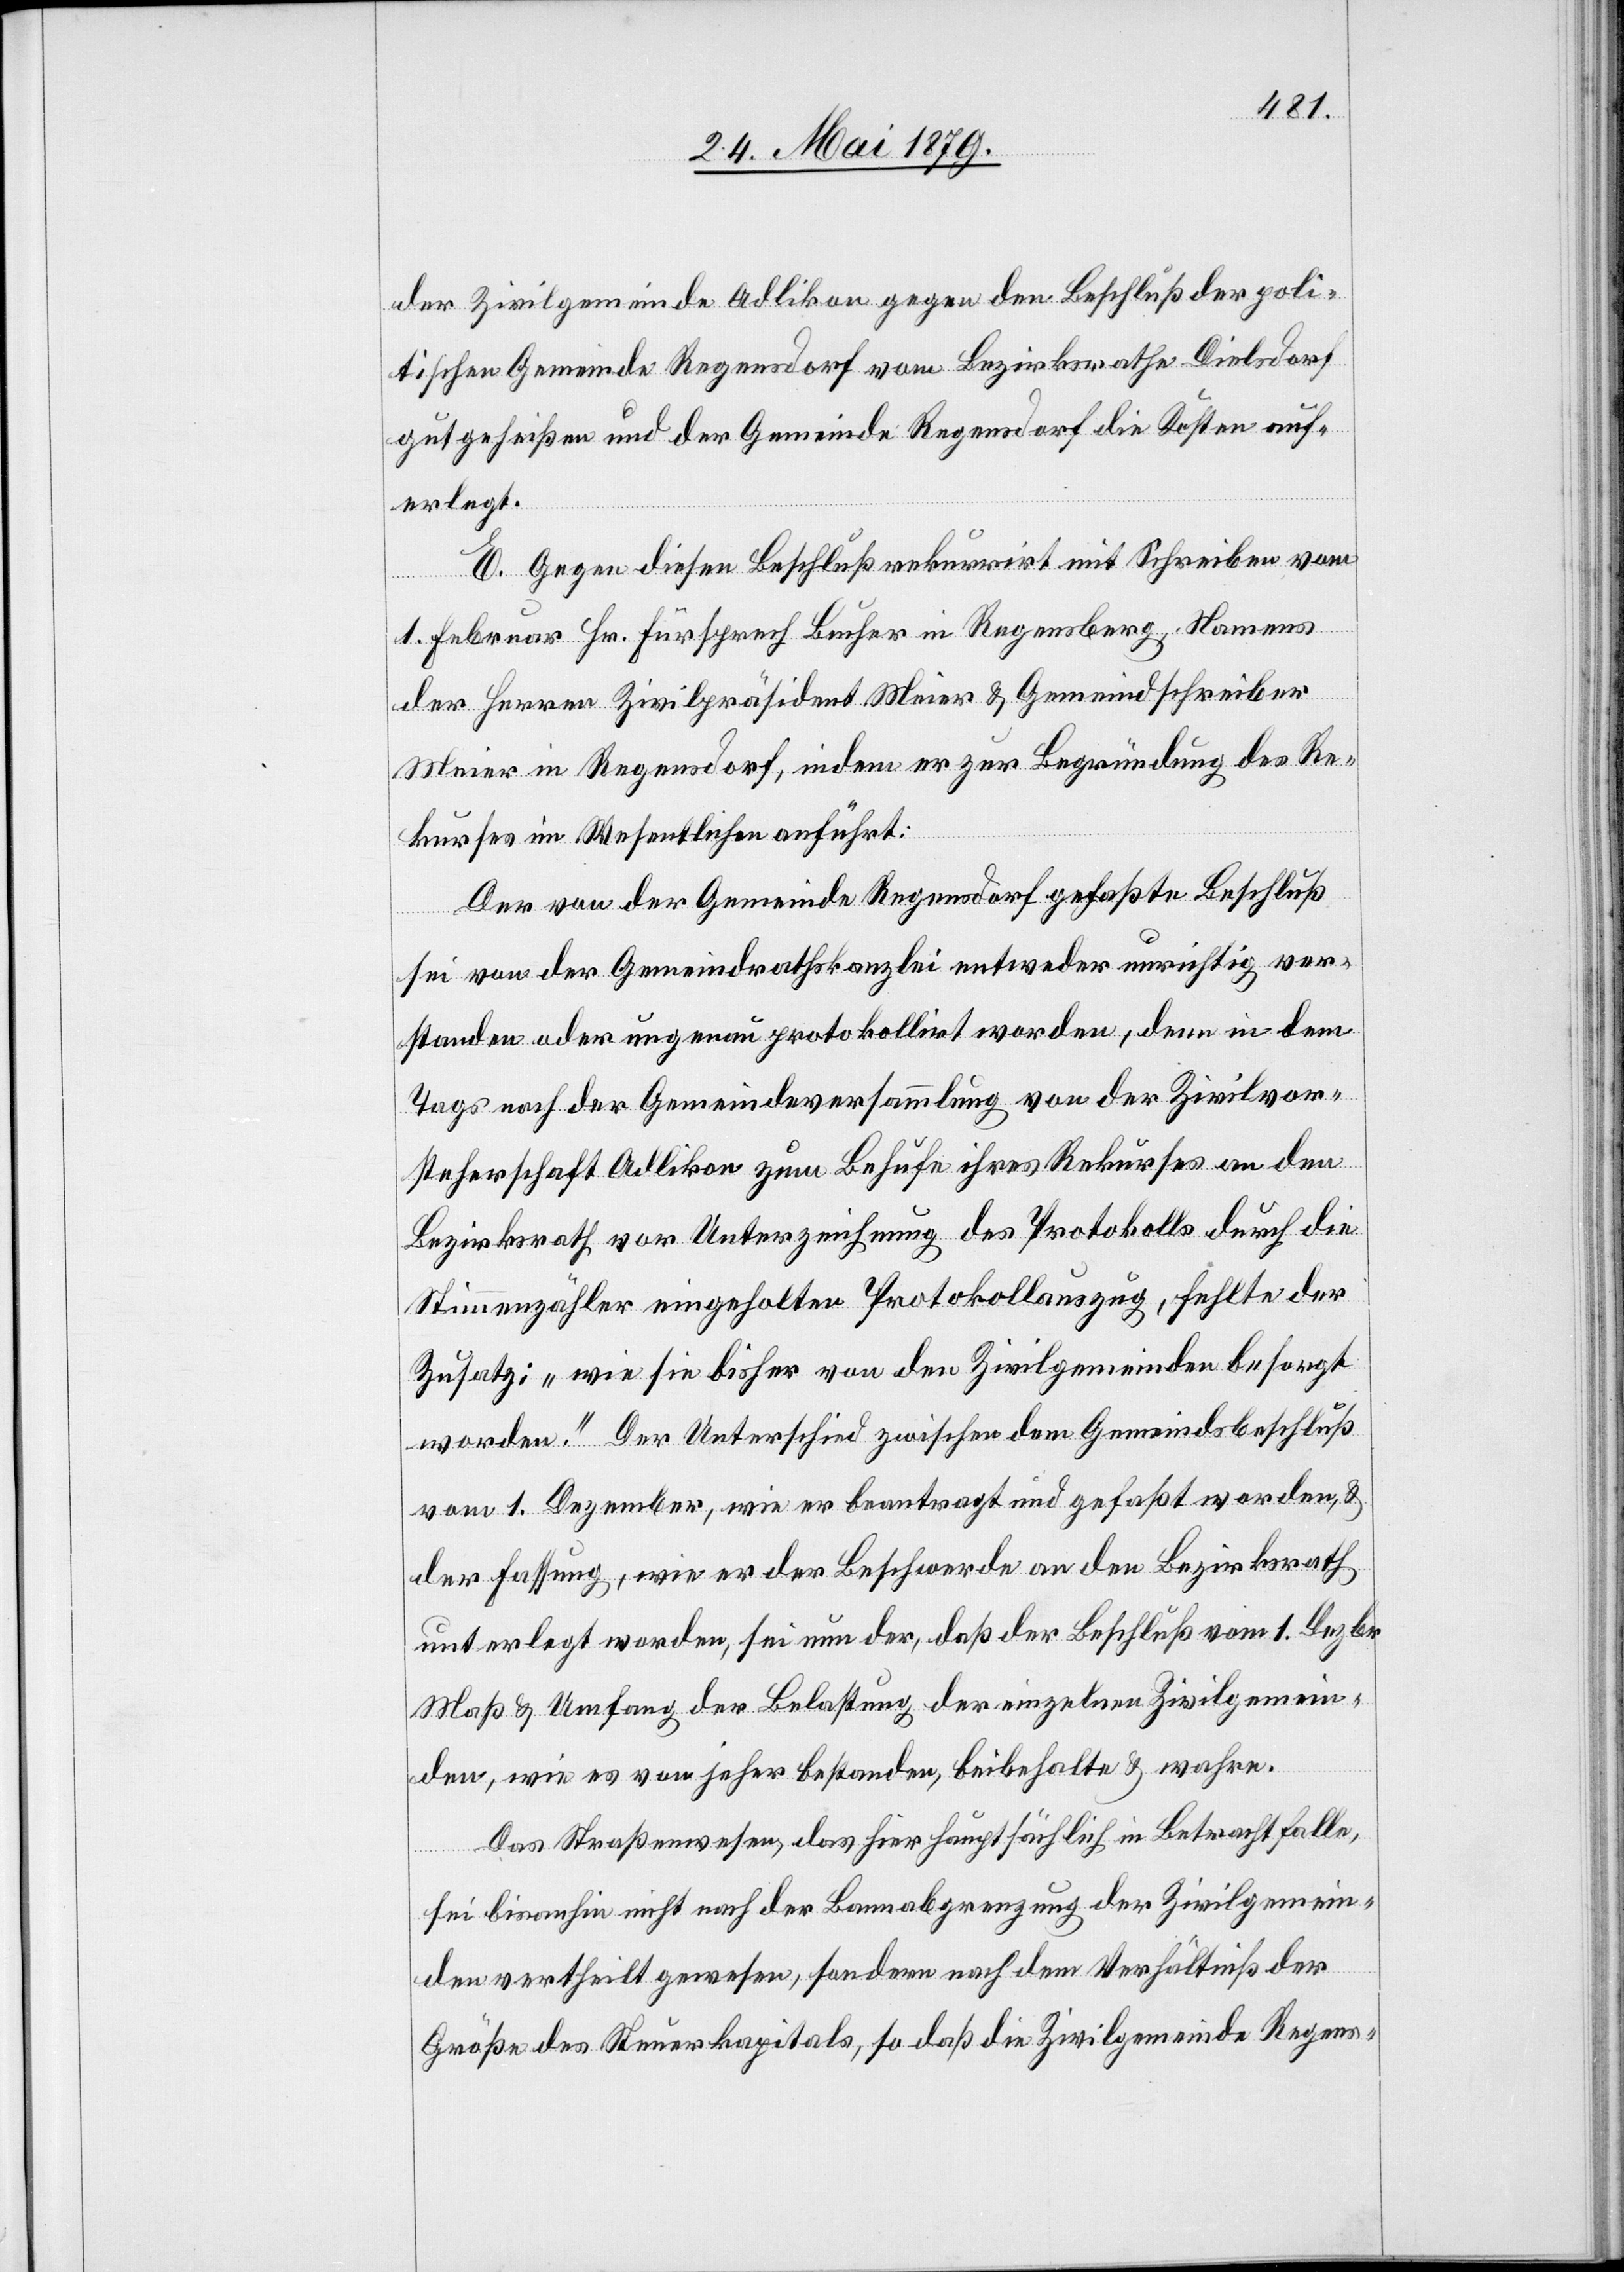
der Zivilgemeinde Adlikon gegen den Beschluß der poli¬
tischen Gemeinde Regensdorf vom Bezirksrathe Dielsdorf
gutgeheißen und der Gemeinde Regensdorf die Kosten auf¬
erlegt.
E. Gegen diesen Beschluß rekurrirt mit Schreiben vom
1. Februar Hr. Fürsprech Bucher in Regensberg, Namens
der Herren Zivilpräsident Meier & Gemeindschreiber
Meier in Regensdorf, indem er zur Begründung des Re¬
kurses im Wesentlichen anführt:
Der von der Gemeinde Regensdorf gefaßte Beschluß
sei von der Gemeindrathskanzlei entweder unrichtig ver¬
standen oder ungenau protokollirt worden, denn in dem
Tags nach der Gemeindeversammlung von der Zivilvor¬
steherschaft Adlikon zum Behufe ihres Rekurses an den
Bezirksrath vor Unterzeichnung des Protokolls durch die
Stimmenzähler eingeholten Protokollauszug, fehlte der
Zusatz: „wie sie bisher von den Zivilgemeinden besorgt
worden.“ Der Unterschied zwischen dem Gemeindsbeschluß
vom 1. Dezember, wie er beantragt und gefaßt worden, &
der Fassung, wie er der Beschwerde an den Bezirksrath
unterlegt worden, sei nun der, daß der Beschluß vom 1. Dezbr.
Maß & Umfang der Belastung der einzelnen Zivilgemein¬
den, wie es von jeher bestanden, beibehalte & wahre.
Das Straßenwesen, das hier hauptsächlich in Betracht falle,
sei bisanhin nicht nach der Bannabgrenzung der Zivilgemein¬
den vertheilt gewesen, sondern nach dem Verhältniß der
Größe des Steuerkapitals, so daß die Zivilgemeinde Regens-